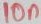
Text: 10n